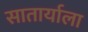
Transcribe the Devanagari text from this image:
सातार्याला